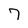
Character: 7